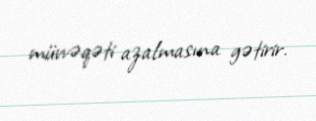
müvvəqəti azalmasına gətirir.